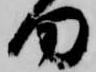
田